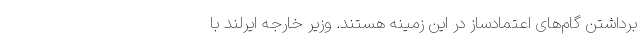
برداشتن گام‌های اعتمادساز در این زمینه هستند. وزیر خارجه ایرلند با